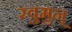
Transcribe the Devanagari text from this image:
रवुुमुन्